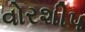
વોરશીપ